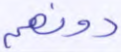
دونهم